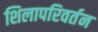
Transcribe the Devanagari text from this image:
शिलापरिवर्तन